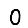
Digit: 0